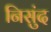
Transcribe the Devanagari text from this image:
निसुंद